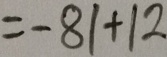
= - 8 1 + 1 2